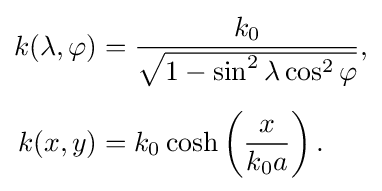
{\begin{aligned}k(\lambda ,\varphi )&={\frac {k_{0}}{\sqrt {1-\sin ^{2}\lambda \cos ^{2}\varphi }}},\\[5px]k(x,y)&=k_{0}\cosh \left({\frac {x}{k_{0}a}}\right).\end{aligned}}